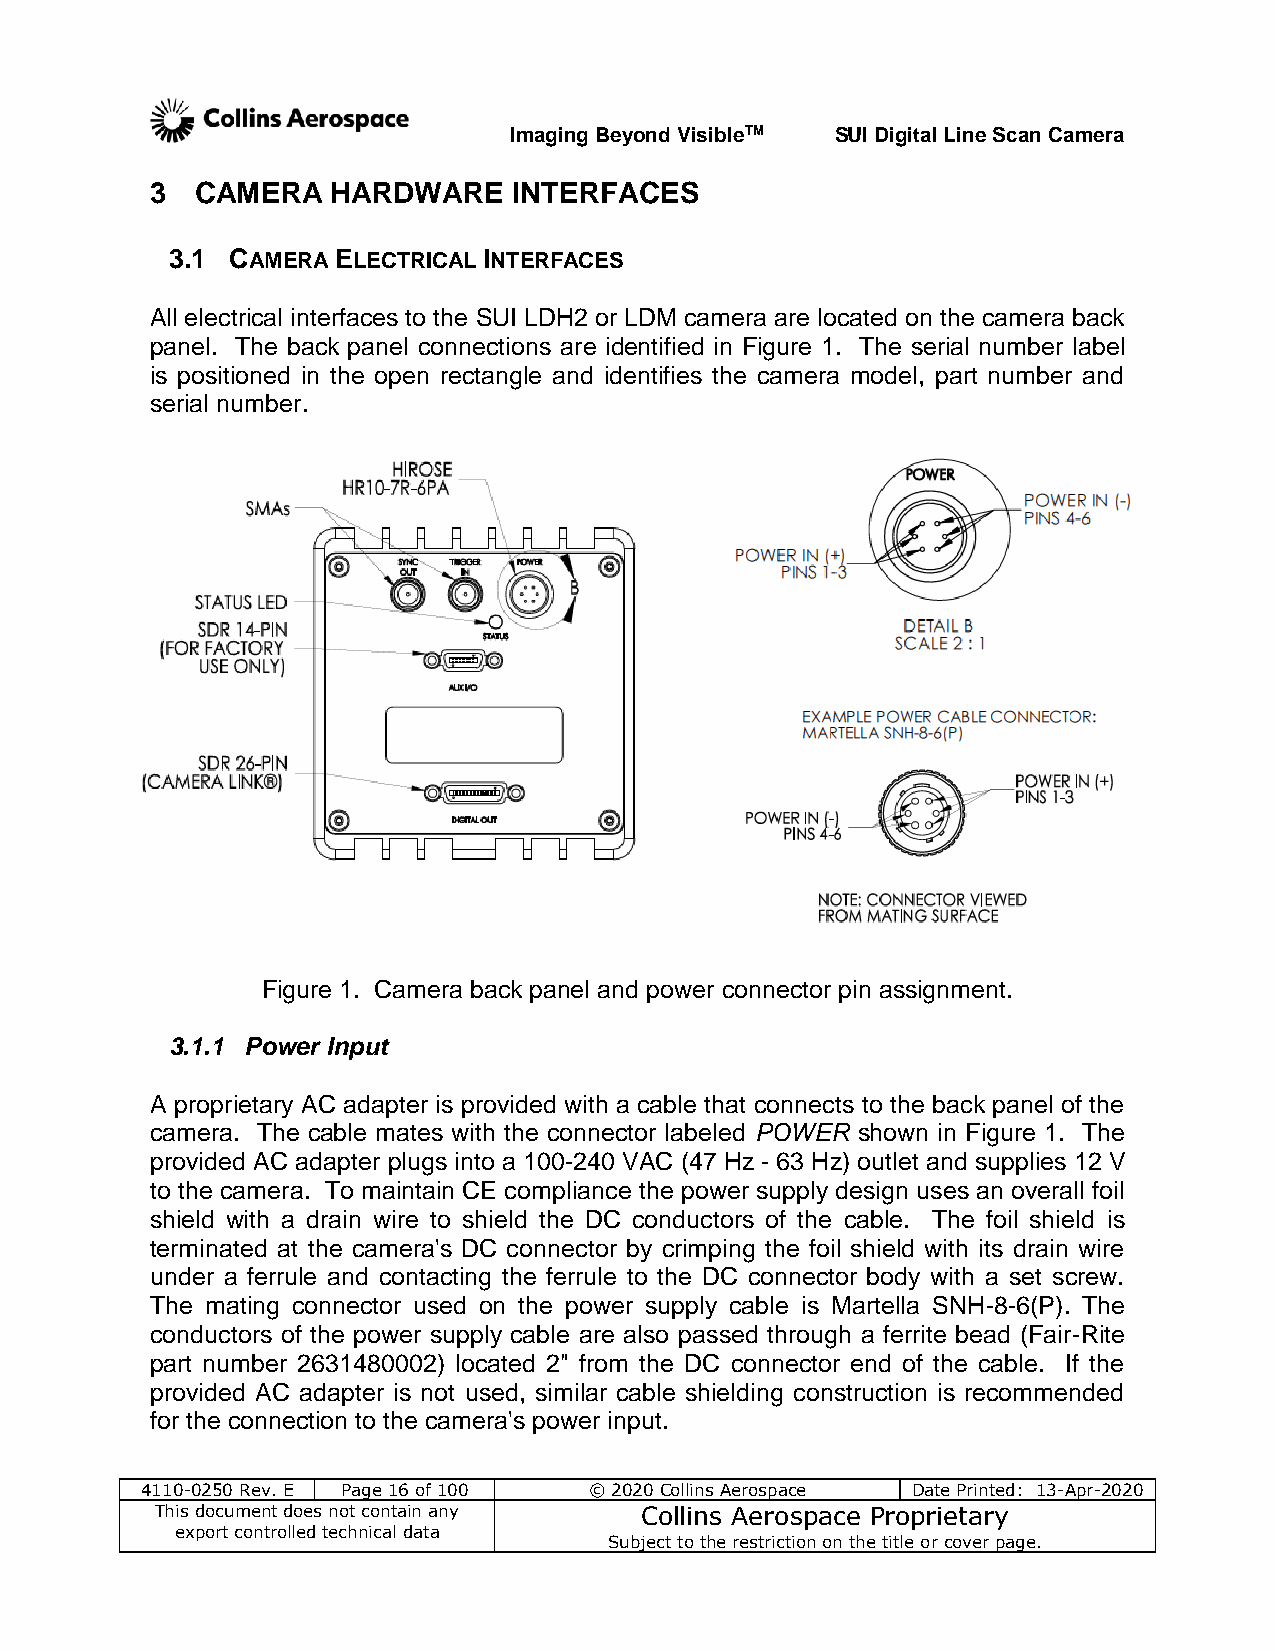
Imaging Beyond VisibleTM SUI Digital Line Scan Camera
 3  CAMERA   HARDWARE    INTERFACES
 3.1 CAMERA ELECTRICAL INTERFACES
 All electrical interfaces to the SUI LDH2 or LDM camera are located on the camera back
 panel. The back panel connections are identified in Figure 1. The serial number label
 is positioned in the open rectangle and identifies the camera model, part number and
 serial number.
 Figure 1. Camera back panel and power connector pin assignment.
 3.1.1 Power Input
 A proprietary AC adapter is provided with a cable that connects to the back panel of the
 camera. The cable mates with the connector labeled POWER shown in Figure 1. The
 provided AC adapter plugs into a 100-240 VAC (47 Hz - 63 Hz) outlet and supplies 12 V
 to the camera. To maintain CE compliance the power supply design uses an overall foil
 shield with a drain wire to shield the DC conductors of the cable. The foil shield is
 terminated at the camera's DC connector by crimping the foil shield with its drain wire
 under a ferrule and contacting the ferrule to the DC connector body with a set screw.
 The mating connector used on the power supply cable is Martella SNH-8-6(P). The
 conductors of the power supply cable are also passed through a ferrite bead (Fair-Rite
 part number 2631480002) located 2" from the DC connector end of the cable. If the
 provided AC adapter is not used, similar cable shielding construction is recommended
 for the connection to the camera's power input.
 4110-0250 Rev. E Page 16 of 100 © 2020 Collins Aerospace Date Printed: 13-Apr-2020
 This document does not contain any Collins Aerospace Proprietary
 export controlled technical data
 Subject to the restriction on the title or cover page.